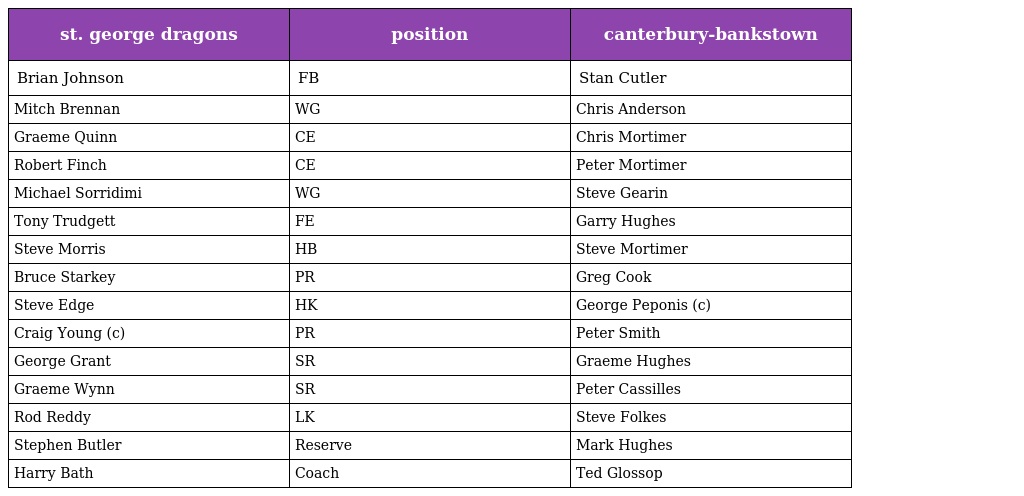
| st. george dragons | position | canterbury-bankstown |
 | --- | --- | --- |
 | Brian Johnson | FB | Stan Cutler |
 | Mitch Brennan | WG | Chris Anderson |
 | Graeme Quinn | CE | Chris Mortimer |
 | Robert Finch | CE | Peter Mortimer |
 | Michael Sorridimi | WG | Steve Gearin |
 | Tony Trudgett | FE | Garry Hughes |
 | Steve Morris | HB | Steve Mortimer |
 | Bruce Starkey | PR | Greg Cook |
 | Steve Edge | HK | George Peponis (c) |
 | Craig Young (c) | PR | Peter Smith |
 | George Grant | SR | Graeme Hughes |
 | Graeme Wynn | SR | Peter Cassilles |
 | Rod Reddy | LK | Steve Folkes |
 | Stephen Butler | Reserve | Mark Hughes |
 | Harry Bath | Coach | Ted Glossop |